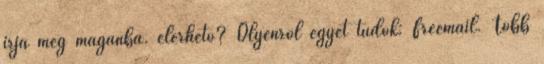
irja meg maganba. elerheto? Olyenrol egyet tudok: Freemail. Tobb